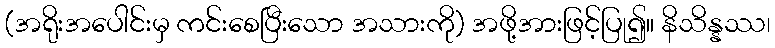
(အရိုးအပေါင်းမှ ကင်းစေပြီးသော အသားကို) အဖို့အားဖြင့်ပြု၍။ နိသိန္နဿ၊